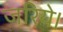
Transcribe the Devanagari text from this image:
जरिये।